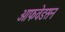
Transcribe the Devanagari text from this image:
आफवेडसन